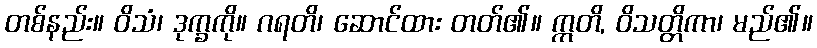
တစ်နည်း။ ဝိသံ၊ ဒုက္ခကို။ ဂရတိ၊ ဆောင်ထား တတ်၏။ ဣတိ, ဝိသတ္တိကာ၊ မည်၏။